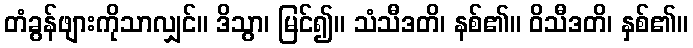
တံခွန်ဖျားကိုသာလျှင်။ ဒိသွာ၊ မြင်၍။ သံသီဒတိ၊ နစ်၏။ ဝိသီဒတိ၊ နှစ်၏။